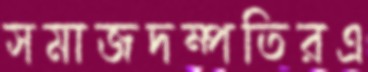
সমাজদম্পতিরএ